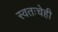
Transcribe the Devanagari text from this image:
स्वतःचेही